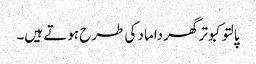
پالتو کبوتر گھر داماد کی طرح ہوتے ہیں۔